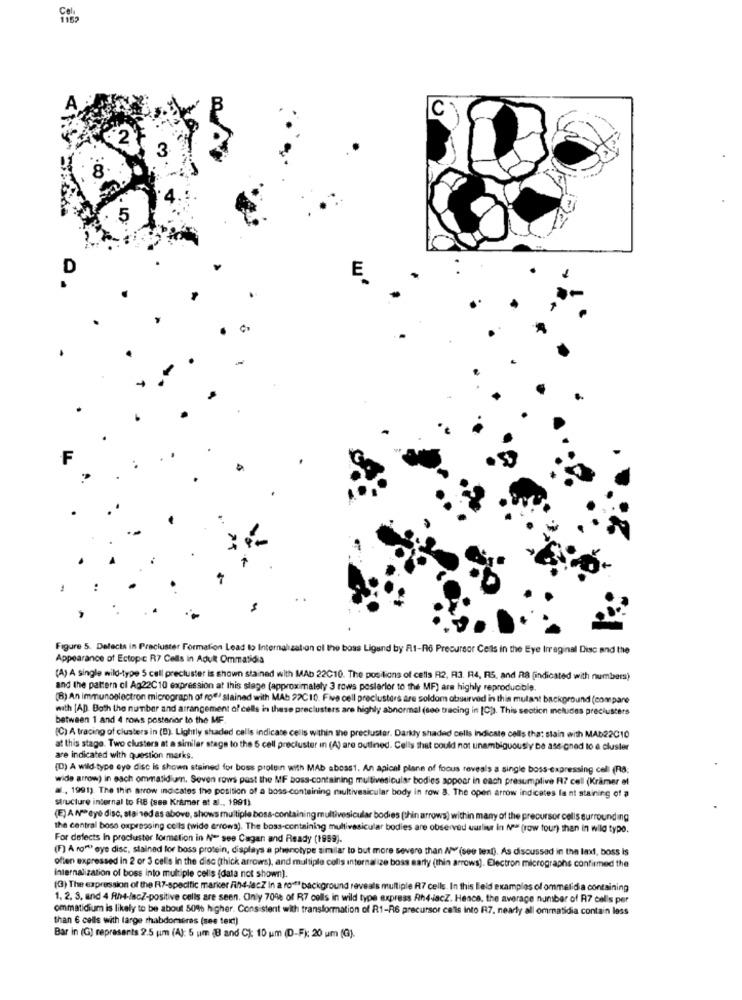
1182
C
D
E
F
Figure 5. Delecta in Precluster Formation Lead to Internalization of the boss Ligand by R1-R6 Precursor Cells in the Eye Irreginal Disc and the
Appearance of Ectopic R7 Cells in Adult Ommatidia
(A) A single wild-type 5 call precluster is shown stained with MAb 22C10. The positions of cells R2, R3. R4, RS, and R8 (indicated with numbers)
and the pattern of Ag22C10 expression at this stage (approximately 3 rows postarlor to the MF) are highly reproducible.
(B) An immunoelectron micrograph of roe" stained with MAb 22C10. Five cell preclusters are soldom observed in this mutant background (compare
with [AD. Both the number and arrangement of cells in these preclusters are highly abnormal (see tracing in [C)). This section includes preclusters
between 1 and 4 rows posterior to the MF
[C) A tracing of clusters in (0). Lightly shaded cells indicate cells within the precluster. Darkly shaded cells indicate cells tha: stain with MAD22C10
at this stage. Two clusters at a similar stage to the 5 cell precluster in (A) are outlined. Cells that could not unambiguously be assigned to e cluster
are indicated with question marks.
(D) A wild-type eye disc is shown stained for boss protein with MAb aboss1. An apical plane of focus reveals a single boss-expressing cell (RB,
wide arrow) in each ommasidium. Seven rows past the MF boss-containing multivesicular bodies appear in each presumptive F7 cell (Krämer el
al ., 1991). The thin arrow indicates the position of a boss-containing multivesicular body in row 8. The open arrow indicates la ni staining of a
Structure internal to RB (ses Krämer at al ., 1991)
(E) A Nº eye disc, stai sed as above, shows multiple boss-containing multivesicular bodies [thin arrows) within many of the precursor cells surrounding
the central boso oxpressing cells (wide arrowa). The boss-containing multivesicular bodies are observed waslive in No (row tour) than in wild typo.
For defects In procluster lormetion in N= see Cagan and Ready (1959).
(F) A ro""" eye disc, stainad for boss protein, displays a phenotype similar to but more severe than N+ (see text), As discussed in the lexi, boss is
often expressed in 2 or 3 cells in the disc (thick arrows), and multiple colis internal ize boss sarty (thin arrows). Electron micrographs confirmed the
Internalization of boss into multiple cells (data not shown].
(G) The expression of the R7-specific marker Fih-4-JacZ In a ro ** background reveals multiple R7 cells. In this field examples of ommelidia containing
1. 2. 3. and 4 Rh4-lacZ-positive cells are seen. Only 704% of R7 cells in wild type express Rh4-iacZ. Hence, the average number of R7 cal's per
ommatidium is likely to be about 50% higher. Consistent with transformation of R1-R6 precursor cells into R7. nearly all ommatidia contain less
than 6 cells with large rhabdomeras (see text)
Bar in (G) represents 2.5 um (A): 5 um (B and C): 10 um (D-F): 20 um (G).